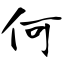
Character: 何